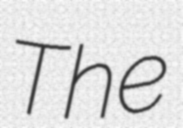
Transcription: The